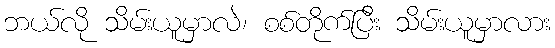
ဘယ်လို သိမ်းယူမှာလဲ၊ စစ်တိုက်ပြီး သိမ်းယူမှာလား